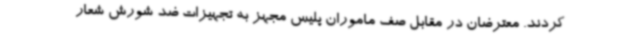
کردند. معترضان در مقابل صف ماموران پلیس مجهز به تجهیزات ضد شورش شعار